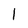
Character: 1